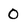
Character: 0